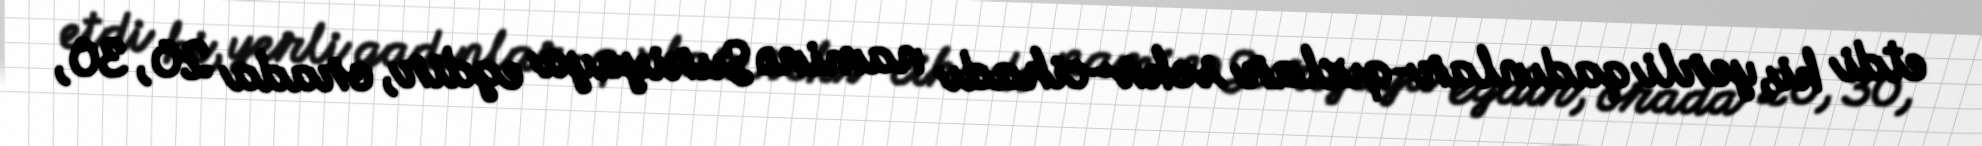
etdi ki, yerli qadınlar-qızlar seks-cihadı naminə Suriyaya egdir, orada 20, 30,